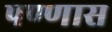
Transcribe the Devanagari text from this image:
पण्णास